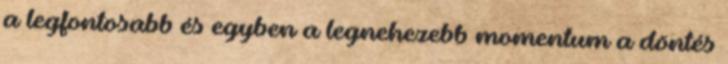
a legfontosabb és egyben a legnehezebb momentum a döntés